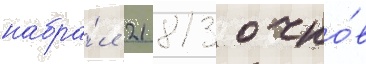
набра́л 21 813 очко́в